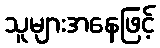
သူများအနေဖြင့်